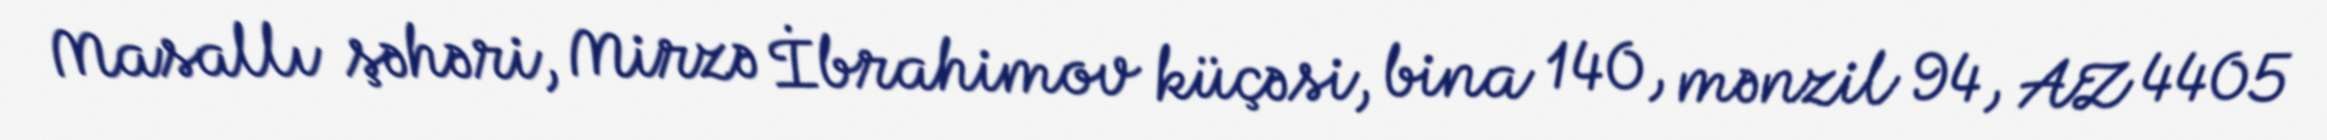
Masallı şəhəri, Mirzə İbrahimov küçəsi, bina 140, mənzil 94, AZ 4405